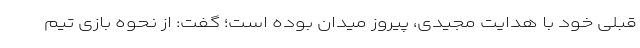
قبلی خود با هدایت مجیدی، پیروز میدان بوده است؛ گفت: از نحوه بازی تیم